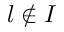
l \notin { I }